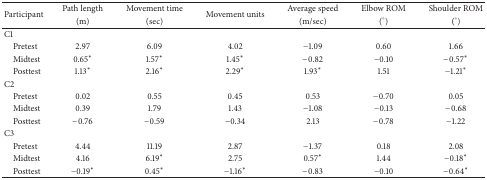
<table><thead><tr><td rowspan="2"><b>Participant</b></td><td><b>Path length</b></td><td><b>Movement time</b></td><td rowspan="2"><b>Movement units</b></td><td><b>Average speed</b></td><td><b>Elbow ROM</b></td><td><b>Shoulder ROM</b></td></tr><tr><td><b> (m)</b></td><td><b> (sec)</b></td><td><b>(m/sec)</b></td><td><b> (°)</b></td><td><b>(°)</b></td></tr></thead><tbody><tr><td>C1</td><td> </td><td> </td><td> </td><td> </td><td> </td><td> </td></tr><tr><td> Pretest</td><td>2.97</td><td>6.09</td><td>4.02</td><td>−1.09</td><td>0.60</td><td>1.66</td></tr><tr><td> Midtest</td><td>0.65<sup><i>∗</i></sup></td><td>1.57<sup><i>∗</i></sup></td><td>1.45<sup><i>∗</i></sup></td><td>−0.82</td><td>−0.10</td><td>−0.57<sup><i>∗</i></sup></td></tr><tr><td> Posttest</td><td>1.13<sup><i>∗</i></sup></td><td>2.16<sup><i>∗</i></sup></td><td>2.29<sup><i>∗</i></sup></td><td>1.93<sup><i>∗</i></sup></td><td>1.51</td><td>−1.21<sup><i>∗</i></sup></td></tr><tr><td>C2</td><td> </td><td> </td><td> </td><td> </td><td> </td><td> </td></tr><tr><td> Pretest</td><td>0.02</td><td>0.55</td><td>0.45</td><td>0.53</td><td>−0.70</td><td>0.05</td></tr><tr><td> Midtest</td><td>0.39</td><td>1.79</td><td>1.43</td><td>−1.08</td><td>−0.13</td><td>−0.68</td></tr><tr><td> Posttest</td><td>−0.76</td><td>−0.59</td><td>−0.34</td><td>2.13</td><td>−0.78</td><td>−1.22</td></tr><tr><td>C3</td><td> </td><td> </td><td> </td><td> </td><td> </td><td> </td></tr><tr><td> Pretest</td><td>4.44</td><td>11.19</td><td>2.87</td><td>−1.37</td><td>0.18</td><td>2.08</td></tr><tr><td> Midtest</td><td>4.16</td><td>6.19<sup><i>∗</i></sup></td><td>2.75</td><td>0.57<sup><i>∗</i></sup></td><td>1.44</td><td>−0.18<sup><i>∗</i></sup></td></tr><tr><td> Posttest</td><td>−0.19<sup><i>∗</i></sup></td><td>0.45<sup><i>∗</i></sup></td><td>−1.16<sup><i>∗</i></sup></td><td>−0.83</td><td>−0.10</td><td>−0.64<sup><i>∗</i></sup></td></tr></tbody></table>